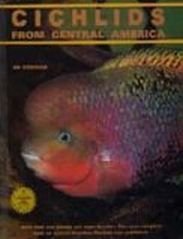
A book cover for Cichlids from Central America; Ad Konings; Crafts, Hobbies & Home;